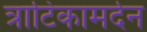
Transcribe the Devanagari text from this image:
त्राटिकामर्दन